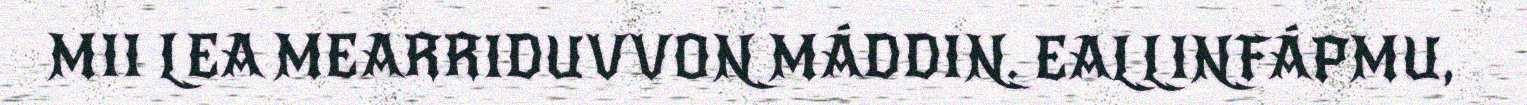
MII LEA MEARRIDUVVON MÁDDIN. EALLINFÁPMU,